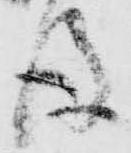
後